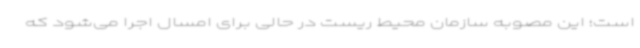
است؛ این مصوبه سازمان محیط ریست در حالی برای امسال اجرا می‌شود که